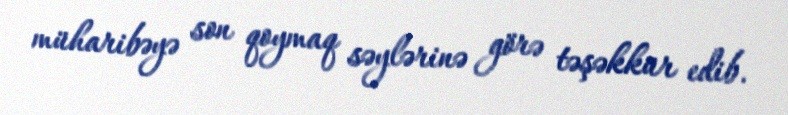
müharibəyə son qoymaq səylərinə görə təşəkkür edib.